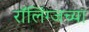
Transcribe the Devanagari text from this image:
रॉलिंग्जच्या